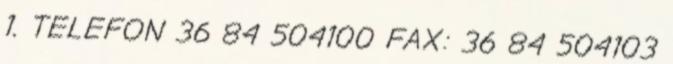
1. TELEFON 36 84 504100 FAX: 36 84 504103